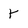
Character: Y